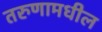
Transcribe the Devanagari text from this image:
तरुणामधील